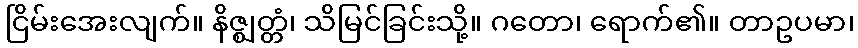
ငြိမ်းအေးလျက်။ နိဇ္ဈတ္တံ၊ သိမြင်ခြင်းသို့။ ဂတော၊ ရောက်၏။ တာဥပမာ၊